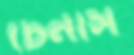
চেনাস